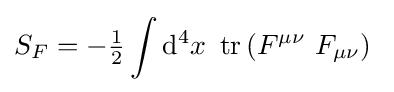
S_{F}=-{\tfrac {1}{2}}\int \mathrm {d} ^{4}x\ \operatorname {tr} \left(F^{\mu \nu }\ F_{\mu \nu }\right)\